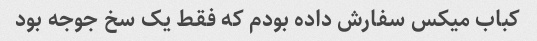
کباب میکس سفارش داده بودم که فقط یک سخ جوجه بود